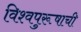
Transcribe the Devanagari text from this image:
विश्‍वपुरूषाची